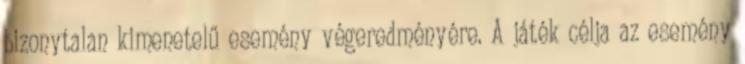
bizonytalan kimenetelű esemény végeredményére. A játék célja az esemény